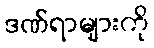
ဒဏ်ရာများကို